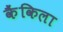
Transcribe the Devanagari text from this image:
कैंकिला